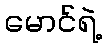
မောင်ရဲ့